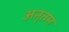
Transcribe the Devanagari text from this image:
अनृतम